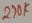
Text: 270K